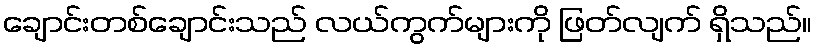
ချောင်းတစ်ချောင်းသည် လယ်ကွက်များကို ဖြတ်လျက် ရှိသည်။